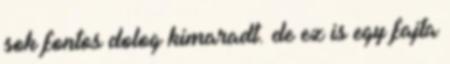
sok fontos dolog kimaradt. de ez is egy fajta